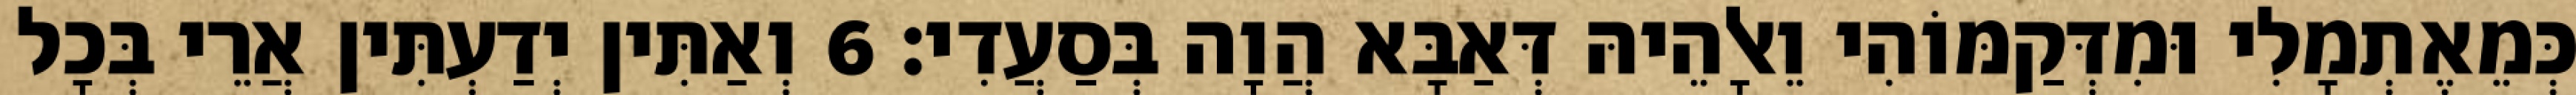
כְּמֵאֶתְמָלִי וּמִדְּקַמּוֹהִי וֵאלָהֵיהּ דְּאַבָּא הֲוָה בְּסַעֲדִי׃ 6 וְאַתִּין יְדַעְתִּין אֲרֵי בְּכָל